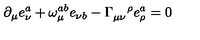
\partial _ { \mu } e _ { \nu } ^ { a } + \omega _ { \mu } ^ { a b } e _ { \nu b } - \Gamma _ { \mu \nu } ^ { \quad \rho } e _ { \rho } ^ { a } = 0